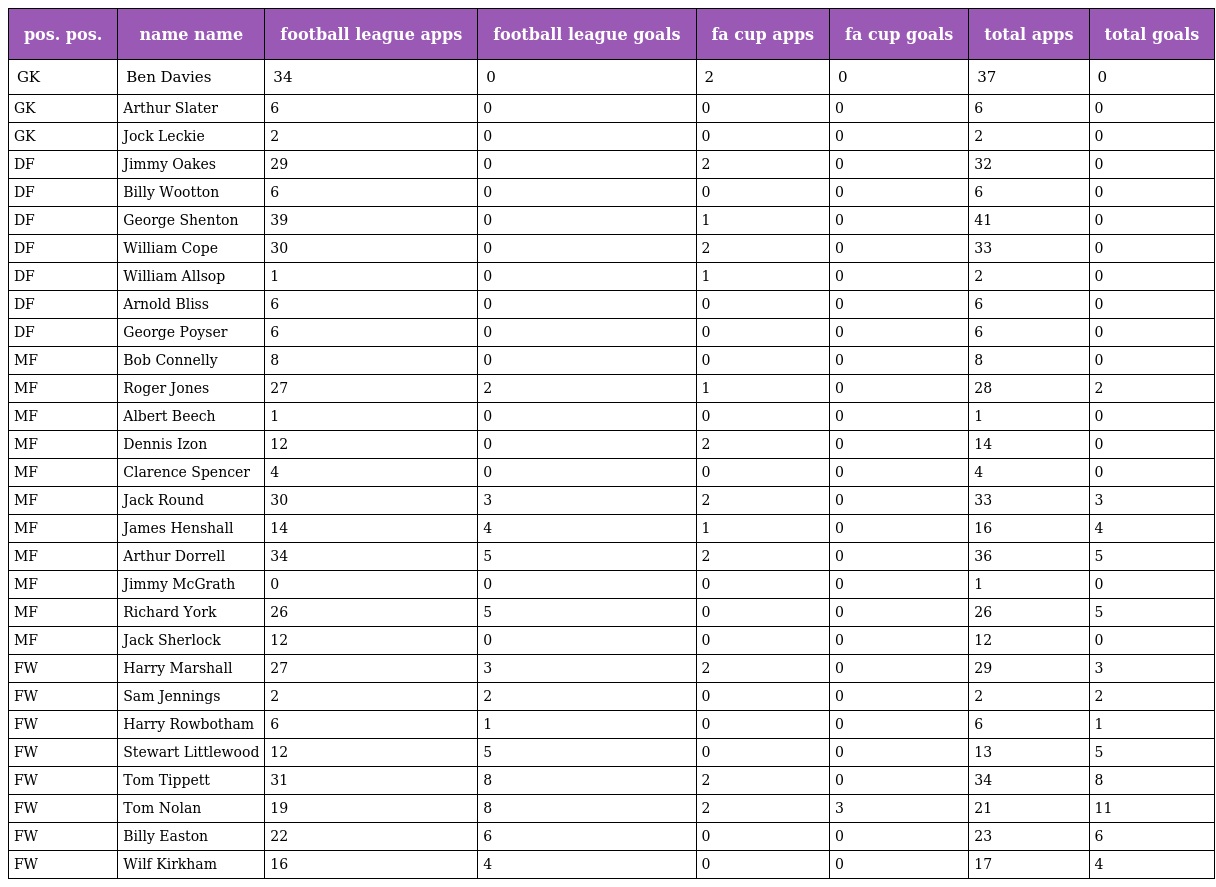
| pos. pos. | name name | football league apps | football league goals | fa cup apps | fa cup goals | total apps | total goals |
 | --- | --- | --- | --- | --- | --- | --- | --- |
 | GK | Ben Davies | 34 | 0 | 2 | 0 | 37 | 0 |
 | GK | Arthur Slater | 6 | 0 | 0 | 0 | 6 | 0 |
 | GK | Jock Leckie | 2 | 0 | 0 | 0 | 2 | 0 |
 | DF | Jimmy Oakes | 29 | 0 | 2 | 0 | 32 | 0 |
 | DF | Billy Wootton | 6 | 0 | 0 | 0 | 6 | 0 |
 | DF | George Shenton | 39 | 0 | 1 | 0 | 41 | 0 |
 | DF | William Cope | 30 | 0 | 2 | 0 | 33 | 0 |
 | DF | William Allsop | 1 | 0 | 1 | 0 | 2 | 0 |
 | DF | Arnold Bliss | 6 | 0 | 0 | 0 | 6 | 0 |
 | DF | George Poyser | 6 | 0 | 0 | 0 | 6 | 0 |
 | MF | Bob Connelly | 8 | 0 | 0 | 0 | 8 | 0 |
 | MF | Roger Jones | 27 | 2 | 1 | 0 | 28 | 2 |
 | MF | Albert Beech | 1 | 0 | 0 | 0 | 1 | 0 |
 | MF | Dennis Izon | 12 | 0 | 2 | 0 | 14 | 0 |
 | MF | Clarence Spencer | 4 | 0 | 0 | 0 | 4 | 0 |
 | MF | Jack Round | 30 | 3 | 2 | 0 | 33 | 3 |
 | MF | James Henshall | 14 | 4 | 1 | 0 | 16 | 4 |
 | MF | Arthur Dorrell | 34 | 5 | 2 | 0 | 36 | 5 |
 | MF | Jimmy McGrath | 0 | 0 | 0 | 0 | 1 | 0 |
 | MF | Richard York | 26 | 5 | 0 | 0 | 26 | 5 |
 | MF | Jack Sherlock | 12 | 0 | 0 | 0 | 12 | 0 |
 | FW | Harry Marshall | 27 | 3 | 2 | 0 | 29 | 3 |
 | FW | Sam Jennings | 2 | 2 | 0 | 0 | 2 | 2 |
 | FW | Harry Rowbotham | 6 | 1 | 0 | 0 | 6 | 1 |
 | FW | Stewart Littlewood | 12 | 5 | 0 | 0 | 13 | 5 |
 | FW | Tom Tippett | 31 | 8 | 2 | 0 | 34 | 8 |
 | FW | Tom Nolan | 19 | 8 | 2 | 3 | 21 | 11 |
 | FW | Billy Easton | 22 | 6 | 0 | 0 | 23 | 6 |
 | FW | Wilf Kirkham | 16 | 4 | 0 | 0 | 17 | 4 |